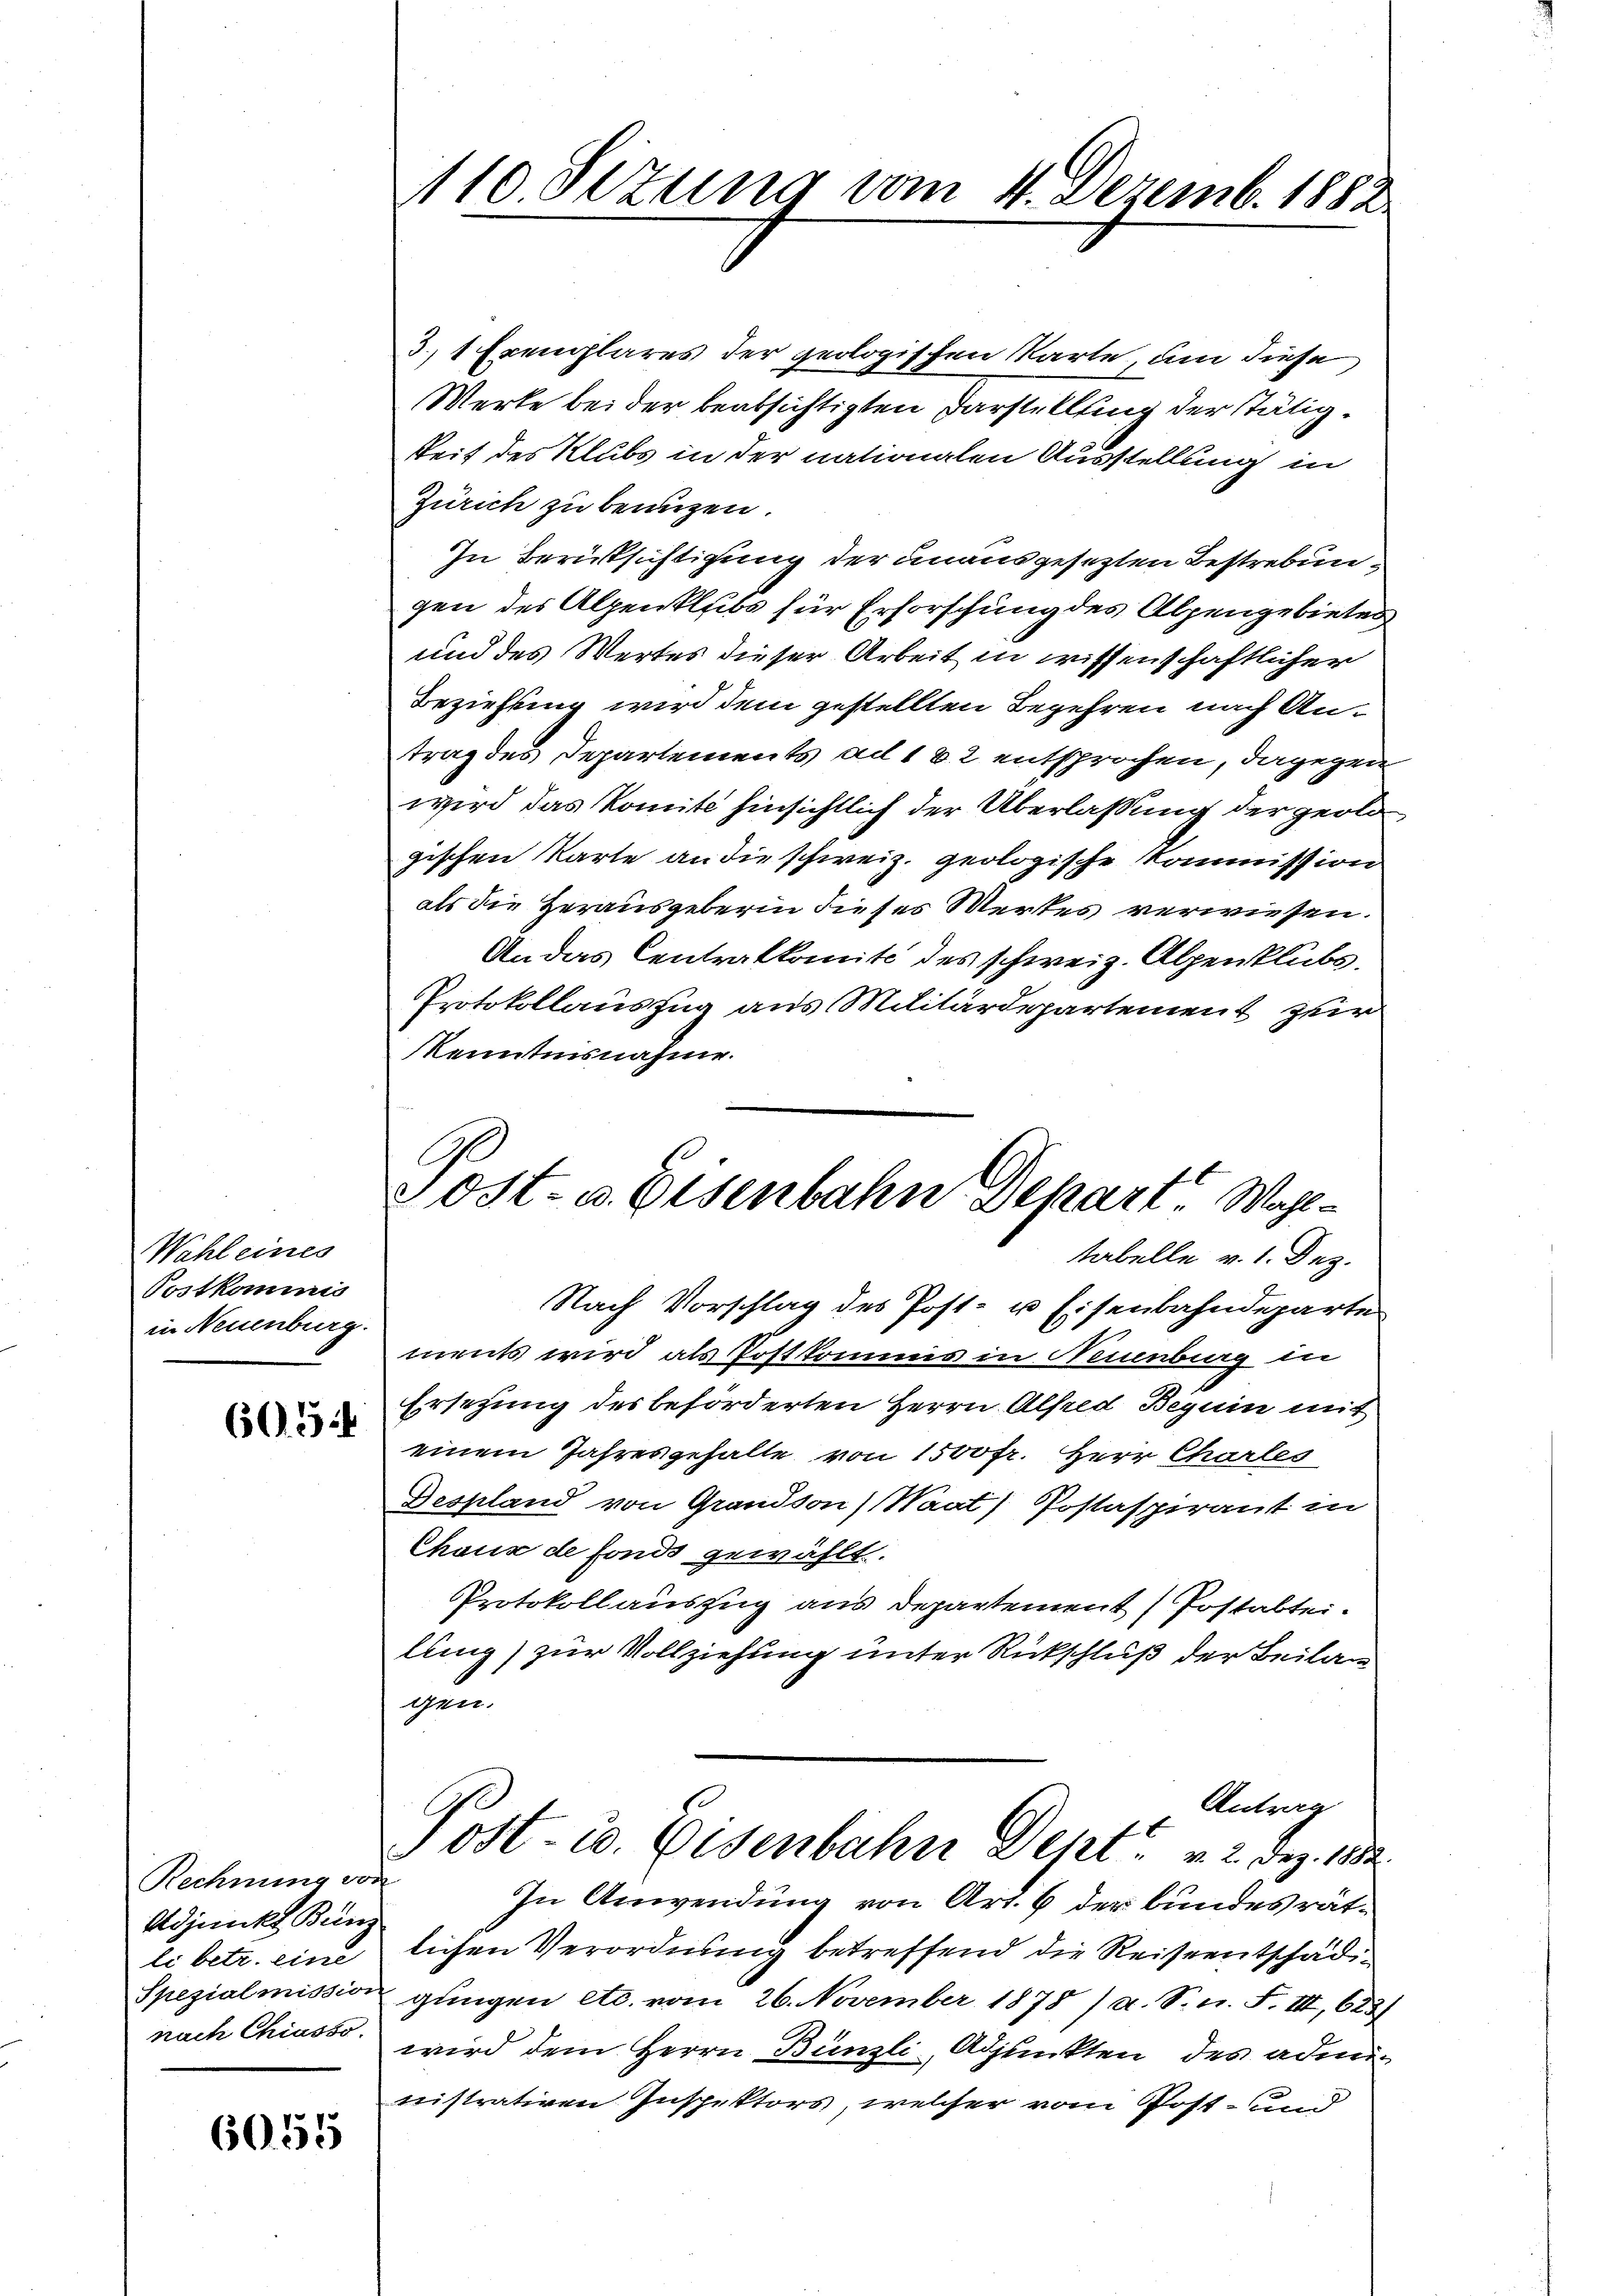
Wahl eines
Postkommnis
in Neuenburg.

60. 314

Rechnung von
Adjunkt Bünz
li betr. eine
Spezialmission
nach Chiasso

6055

110 Sezung vom 4. Dezemb. 1882.

Ost- u. Eisenbahn Depart. Wahltabelle v. 1. Dez.

3) 1 Exemplares der geologischen Karte, um diese
Werke bei der beabsichtigten Darstellung der stätigkeit des Klubs in der nationalen Ausstellung in
Zürich zu benuzen.
In Berufsichtigung der unausgesetzten Bestrebungen des Alpenklubs für Erforschung des Alpengebieten
und des Wertes dieser Arbeit in wissenschaftlicher
Beziehung wird dem gestellten Begehren nach Antrag des Departements ad 182 entsprochen, dagegen
wird das Komite hinsichtlich der Überlaßung der geolo
gischen Karte an die schweiz. geologische Kommission
als die Herausgeberin dieses Wertes verwiesen.
An das Centralkomité des schweiz. Alpenklubs.
Protokollauszug aus Militärdepartement zur
Kenntnisnahme.
Nach Vorschlag des Post- u Eisenbahndeparte
ments wird als Postkommis in Neuenburg in
Ersetzung des beförderten Herrn Alfred Beguin mit
einem Jahresgehalte von 1500 fr. Herr Charles
Despland von Grandson) Waat) Postaspirant in
Chaux de fonds gewählt.
Protokollauszug aus Departement (Postabtei
lung) zur Vollziehung unter Rückschluß der Beilag
gen.
Antrag
Post- u. Eisenbahn Dept v. 2. Dez. 1882
In Anwendung von Art. 6 der Bundesrätlichen Verordnung betreffend die Reiseentschädigungen etc. vom 26. November 1878 / a. S. n. F. III,623)
wird dem Herrn Bünzli, Adjunkten des admin
nistrativen Inspektors, welcher vom Post- und